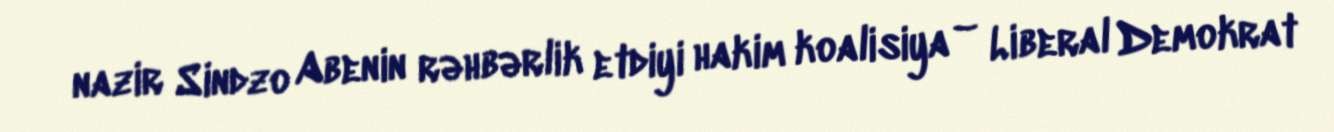
nazir Sindzo Abenin rəhbərlik etdiyi hakim koalisiya – Liberal Demokrat